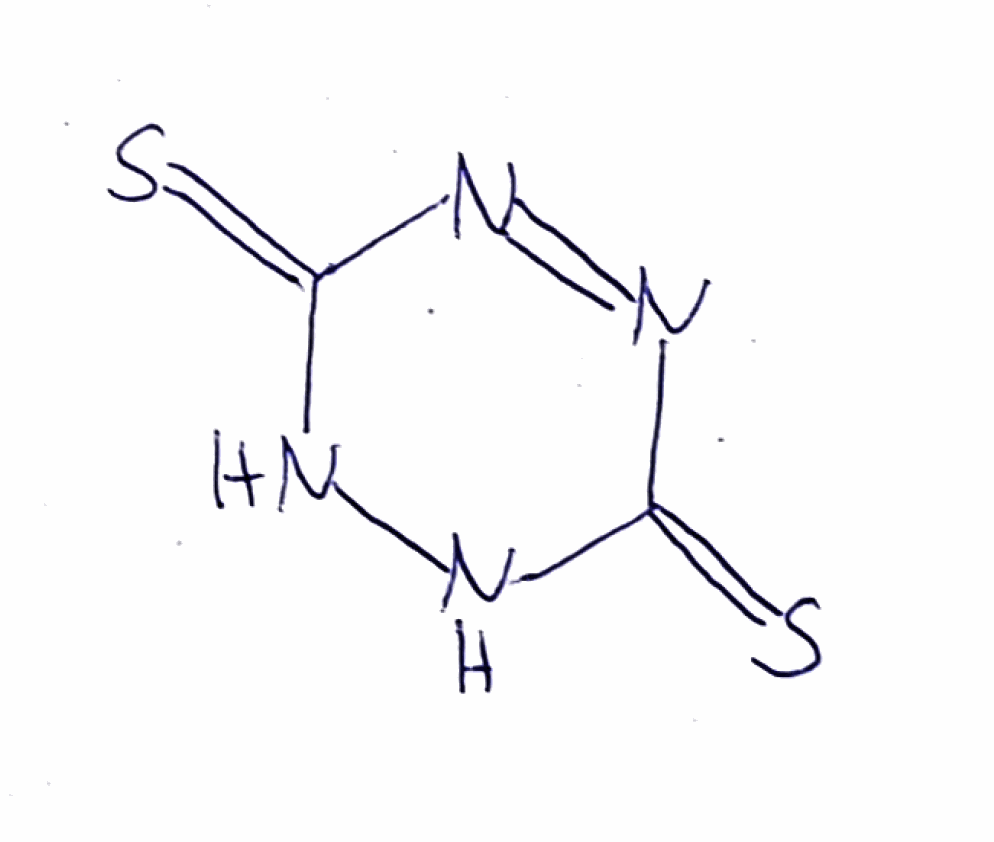
Simplified molecular-input line-entry system (SMILES) notation of the given molecule:
C1(=S)NNC(=S)N=N1